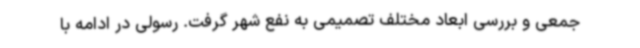
جمعی و بررسی ابعاد مختلف تصمیمی به نفع شهر گرفت. رسولی در ادامه با